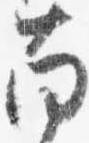
南